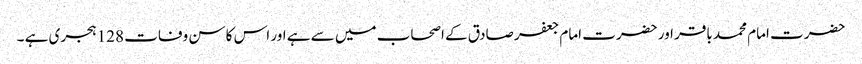
حضرت امام محمد باقر اور حضرت امام جعفر صادق کے اصحاب میں سے ہے اور اس کا سن وفات 128 ہجری ہے ۔